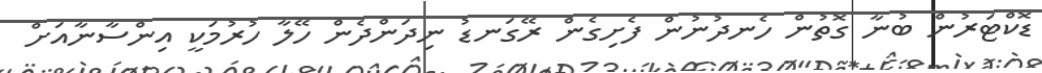
ޑޮކްޓަރުން ބުނާ ގޮތުން ހެނދުނުން ފެށިގެން ރޭގަނޑު ނިދަންދެން ހޭލާ ހުރުމަކީ އިންސާނާއަށް